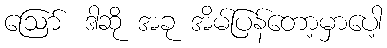
ဪ ဒါဆို အခု အိမ်ပြန်တော့မှာပေါ့